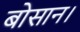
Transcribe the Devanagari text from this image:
बोसान।